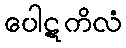
ပေါဋကိလံ